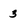
Character: 3